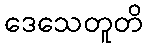
ဒေသေတူတိ